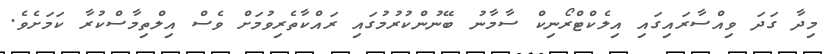
މިދާ ގަދަ ވިއްސާރައިގައި އިލެކްޓްރޯނިކް ސާމާނު ބޭނުންކުރުމުގައި ރައްކާތެރިވުމަށް ވެސް އިލްތިމާސްކުރާ ކަމަށެވެ.